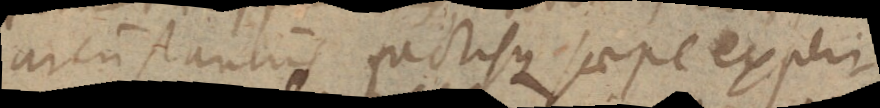
circumstantiis factisque saepe experi-